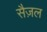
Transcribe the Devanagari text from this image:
सैज़ल